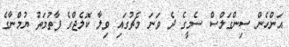
އަންހެން ސިންގަލްސް ސެމީގެ ދެ ވަނަ މެޗުގައި ވިލާ ކޮލެޖްގެ ފާތުމަތު ޔުމްނާގެ